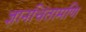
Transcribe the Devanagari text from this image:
ज्ञानचिंतामणि